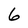
Character: 6